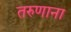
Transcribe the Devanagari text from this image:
तरुणाना